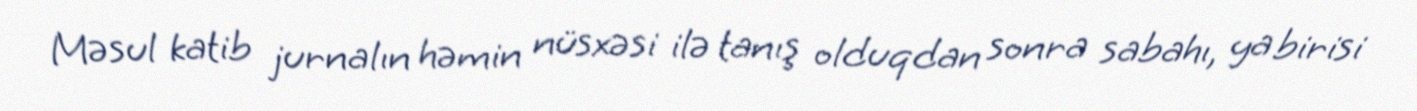
Məsul katib jurnalın həmin nüsxəsi ilə tanış olduqdan sonra sabahı, ya birisi